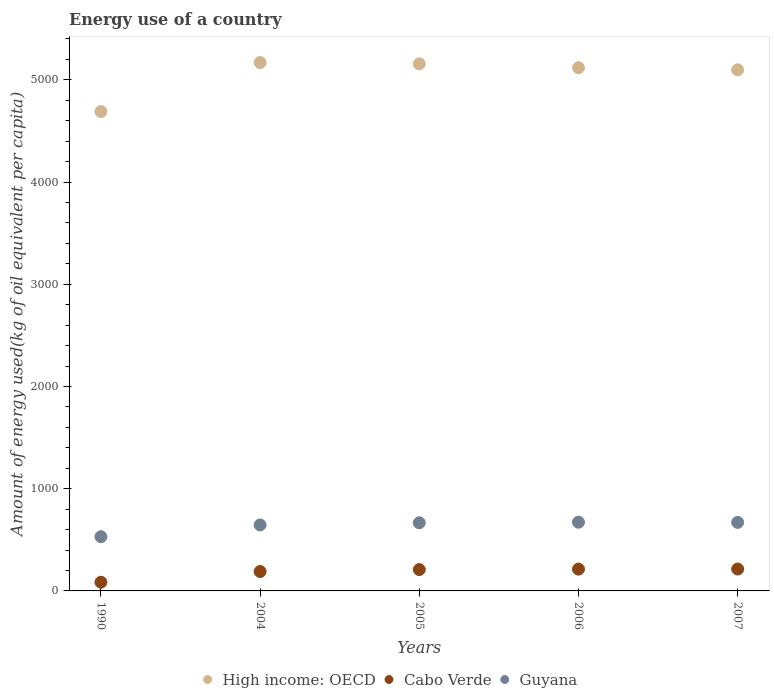
| Years | High income: OECD | Cabo Verde | Guyana |
 | --- | --- | --- | --- |
 | 1990 | 4.69e+03 | 85.1 | 530 |
 | 2004 | 5.17e+03 | 190 | 645 |
 | 2005 | 5.16e+03 | 209 | 667 |
 | 2006 | 5.12e+03 | 213 | 672 |
 | 2007 | 5.1e+03 | 214 | 671 |